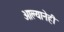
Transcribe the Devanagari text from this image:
आल्यानेही